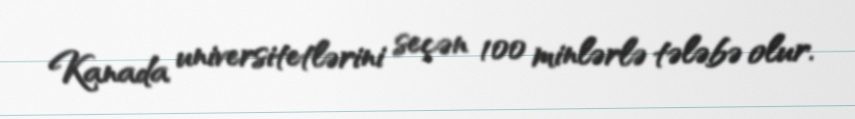
Kanada universitetlərini seçən 100 minlərlə tələbə olur.